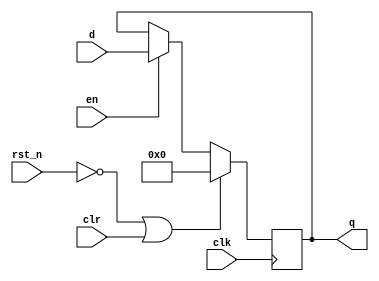
// *** Author : Erwin Ouyang
// *** Date   : 8 May 2018
`timescale 1ns / 1ps

module register
    (
        input wire               clk,
        input wire               rst_n,
        input wire               en,
        input wire               clr,
        input wire signed [15:0] d,
        output reg signed [15:0] q
    );
    
    always @(posedge clk)
    begin
        if (!rst_n || clr)
            q <= 0;
        else if (en)
            q <= d;
    end
    
endmodule